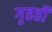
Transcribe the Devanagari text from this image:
गृहही